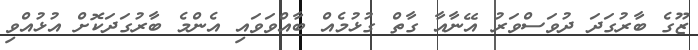
ޒޫގެ ބާރުގަދަ ދުވަސްވަރު އޭނާއާ ގާތް ގުޅުމެއް ބާއްވަވައި އެންމެ ބާރުގަދަކޮށް އުޅުއްވި